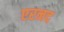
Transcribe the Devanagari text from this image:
एरनद